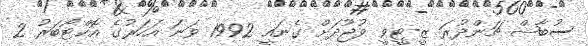
ސުބާޝް ޗަންދުރަ ޒީ-ޓީވީ ވުޖޫދަށް ގެނައީ 1992 ވަނަ އަހަރުގެ އޮކްޓޯބަރު 2